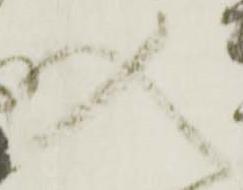
入